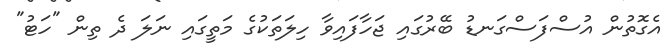
އެގޮތުން އުސްފަސްގަނޑު ބޭރުގައި ޖަހާފައިވާ ހިލަތަކުގެ މަތީގައި ނަލަ ދެ ތިން "ހަޓު"